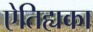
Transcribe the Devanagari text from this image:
ऐतिह्यका